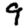
Digit: 9